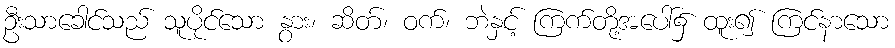
ဦးသာခေါင်သည် သူပိုင်သော နွား၊ ဆိတ်၊ ဝက်၊ ဘဲနှင့် ကြက်တို့အပေါ်၌ ထူး၍ ကြင်နာသော